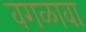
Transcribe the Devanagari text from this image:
वगळावा